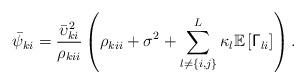
LaTeX: \begin{align*}\bar{\psi}_{ki}=\frac{\bar{\upsilon}_{ki}^{2}}{\rho_{kii}}\left(\rho_{kii}+\sigma^{2}+\sum_{l\neq\{i,j\}}^{L}\kappa_{l}\mathbb{E}\left[\mathsf{\Gamma}_{li}\right]\right).\end{align*}